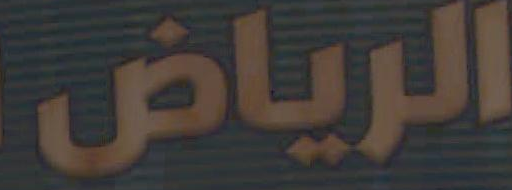
الرياض